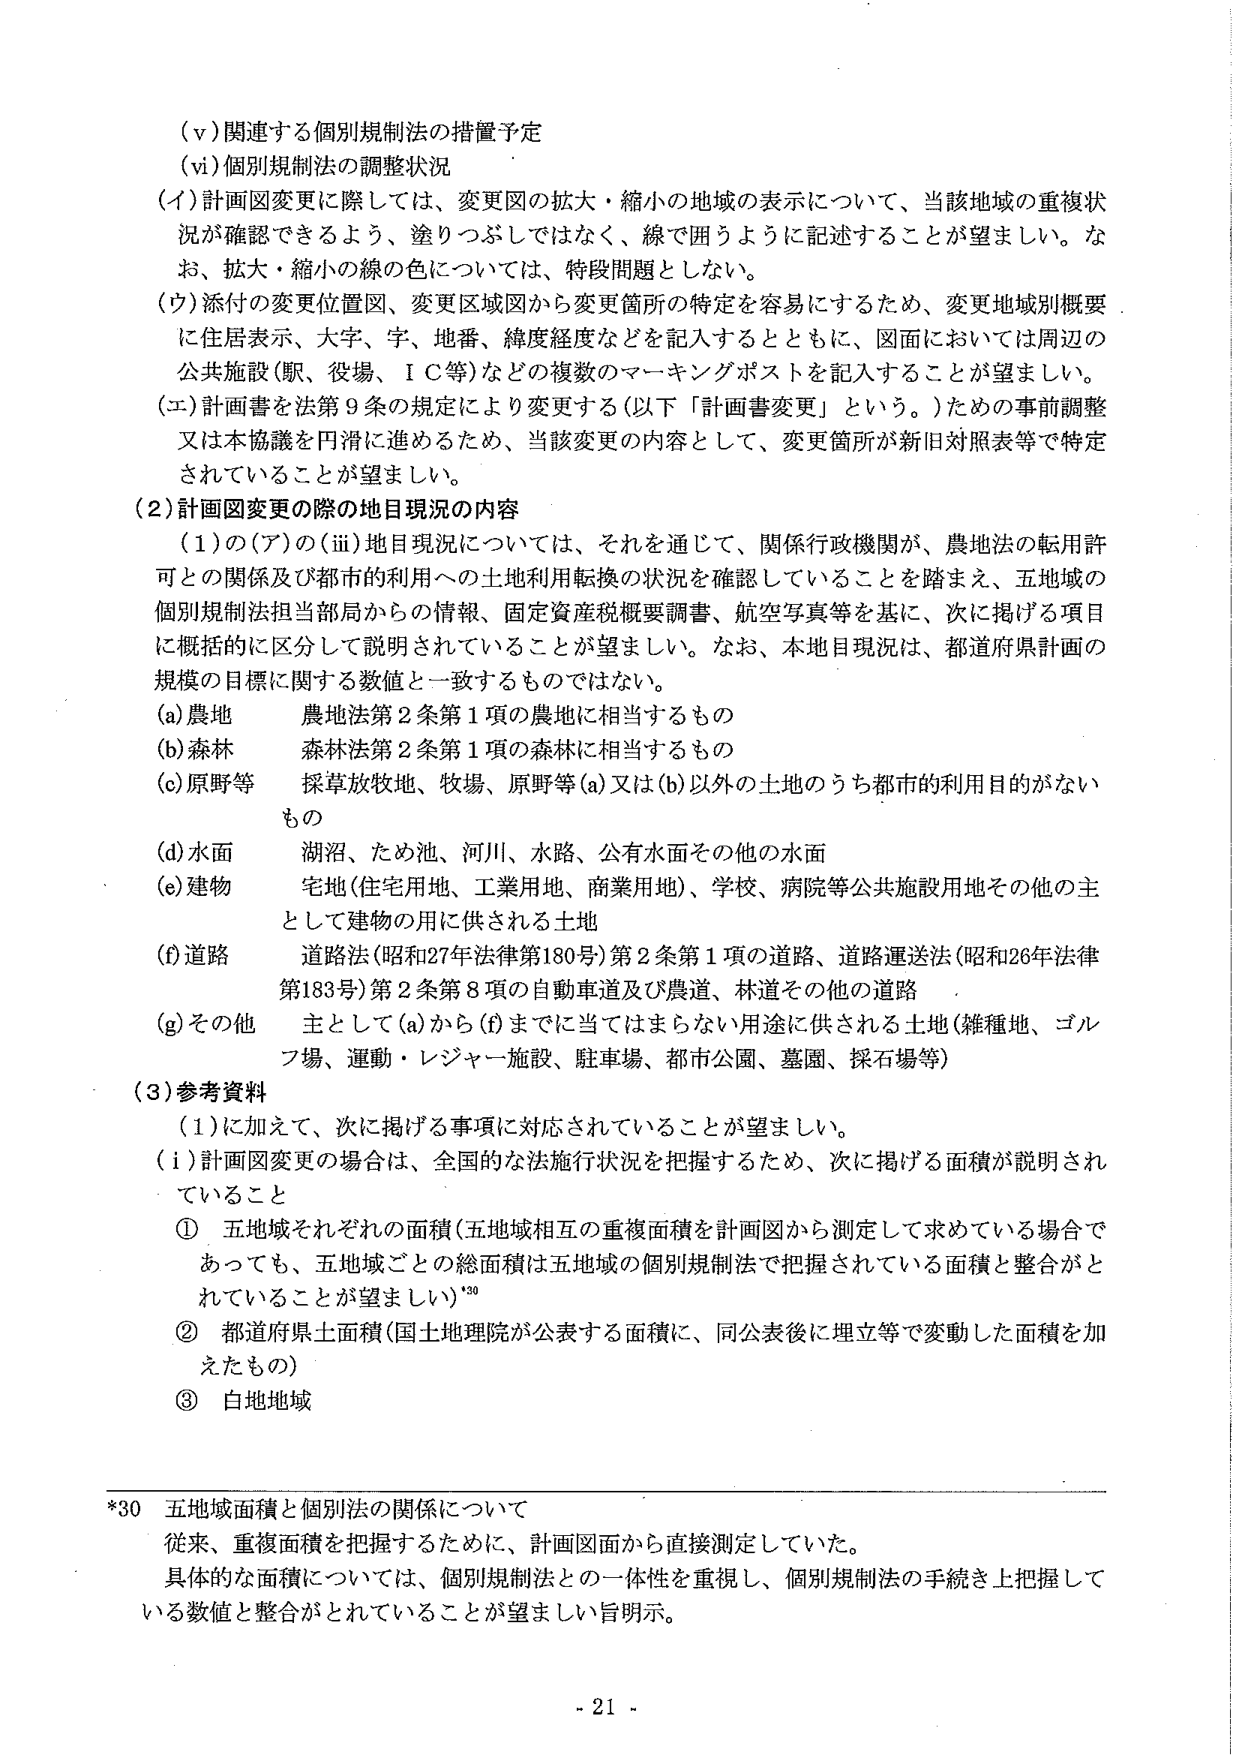
（ⅴ）関連する個別規制法の措置予定
（ⅵ）個別規制法の調整状況
（イ）計画図変更に際しては、変更図の拡大・縮小の地域の表示について、当該地域の重複状況が確認できるよう、塗りつぶしではなく、線で囲うように記述することが望ましい。なお、拡大・縮小の線の色については、特段問題としない。
（ウ）添付の変更位置図、変更区域図から変更箇所の特定を容易にするため、変更地域別概要に住居表示、大字、字、地番、緯度経度などを記入するとともに、図面においては周辺の公共施設（駅、役場、ＩＣ等）などの複数のマーキングポストを記入することが望ましい。
（エ）計画書を法第９条の規定により変更する（以下「計画書変更」という。）ための事前調整又は本協議を円滑に進めるため、当該変更の内容として、変更箇所が新旧対照表等で特定されていることが望ましい。

（２）計画図変更の際の地目現況の内容
（１）の（ア）の（ⅲ）地目現況については、それを通じて、関係行政機関が、農地法の転用許可との関係及び都市的利用への土地利用転換の状況を確認していることを踏まえ、五地域の個別規制法担当局局からの情報、固定資産税概要調書、航空写真等を基に、次に掲げる項目に概括的に区分して説明されていることが望ましい。なお、本地目現況は、都道府県計画の規模の目標に関する数値と一致するものではない。
（a）農地　農地法第２条第１項の農地に相当するもの
（b）森林　森林法第２条第１項の森林に相当するもの
（c）原野等　採草放牧地、牧場、原野等（a）又は（b）以外の土地のうち都市的利用目的がないもの
（d）水面　湖沼、ため池、河川、水路、公有水面その他の水面
（e）建物　宅地（住宅用地、工業用地、商業用地）、学校、病院等公共施設用地その他の主として建物の用に供される土地
（f）道路　道路法（昭和27年法律第180号）第２条第１項の道路、道路運送法（昭和26年法律第183号）第２条第８項の自動車道及び農道、林道その他の道路
（g）その他　主として（a）から（f）までに当てはまらない用途に供される土地（雑種地、ゴルフ場、運動・レジャー施設、駐車場、都市公園、墓園、採石場等）

（３）参考資料
（１）に加えて、次に掲げる事項に対応されていることが望ましい。
（ⅰ）計画図変更の場合は、全国的な法施行状況を把握するため、次に掲げる面積が説明されていること
① 五地域それぞれの面積（五地域相互の重複面積を計画図から測定して求めている場合であっても、五地域ごとの総面積は五地域の個別規制法で把握されている面積と整合がとれていることが望ましい）*30
② 都道府県土面積（国土地理院が公表する面積に、同公表後に埋立等で変動した面積を加えたもの）
③ 白地地域

*30 五地域面積と個別法の関係について
従来、重複面積を把握するために、計画図面から直接測定していた。
具体的な面積については、個別規制法との一体性を重視し、個別規制法の手続き上把握している数値と整合がとれていることが望ましい旨明示。

- 21 -